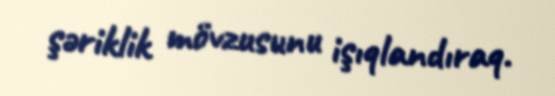
şəriklik mövzusunu işıqlandıraq.